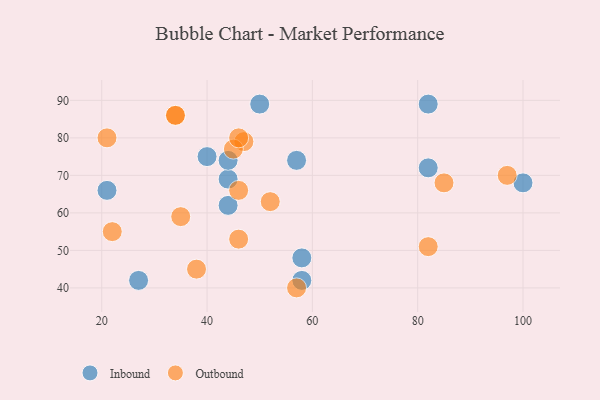
{"axis": {"x": "GDP", "y": "Life Expectancy"}, "legend": ["Inbound", "Outbound"], "data": [{"x": "58", "y": 42, "type": "Inbound"}, {"x": "44", "y": 62, "type": "Inbound"}, {"x": "40", "y": 75, "type": "Inbound"}, {"x": "82", "y": 89, "type": "Inbound"}, {"x": "21", "y": 66, "type": "Inbound"}, {"x": "50", "y": 89, "type": "Inbound"}, {"x": "58", "y": 48, "type": "Inbound"}, {"x": "44", "y": 69, "type": "Inbound"}, {"x": "44", "y": 74, "type": "Inbound"}, {"x": "27", "y": 42, "type": "Inbound"}, {"x": "100", "y": 68, "type": "Inbound"}, {"x": "82", "y": 72, "type": "Inbound"}, {"x": "57", "y": 74, "type": "Inbound"}, {"x": "52", "y": 63, "type": "Outbound"}, {"x": "34", "y": 86, "type": "Outbound"}, {"x": "38", "y": 45, "type": "Outbound"}, {"x": "46", "y": 53, "type": "Outbound"}, {"x": "47", "y": 79, "type": "Outbound"}, {"x": "85", "y": 68, "type": "Outbound"}, {"x": "35", "y": 59, "type": "Outbound"}, {"x": "22", "y": 55, "type": "Outbound"}, {"x": "34", "y": 86, "type": "Outbound"}, {"x": "82", "y": 51, "type": "Outbound"}, {"x": "21", "y": 80, "type": "Outbound"}, {"x": "46", "y": 66, "type": "Outbound"}, {"x": "57", "y": 40, "type": "Outbound"}, {"x": "45", "y": 77, "type": "Outbound"}, {"x": "46", "y": 80, "type": "Outbound"}, {"x": "97", "y": 70, "type": "Outbound"}]}